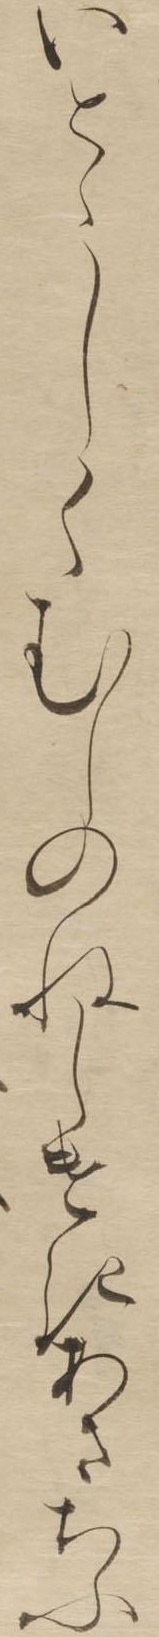
いとくむしのねしけきあちふゝしさ